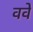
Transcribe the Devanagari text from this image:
ववे